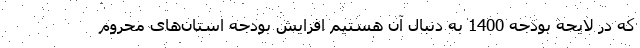
که در لایحه بودجه 1400 به دنبال آن هستیم افزایش بودجه استان‌های محروم